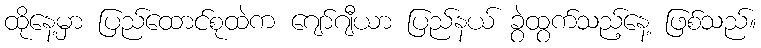
ထိုနေ့မှာ ပြည်ထောင်စုထဲက ဂျော်ဂျီယာ ပြည်နယ် ခွဲထွက်သည့်နေ့ ဖြစ်သည်။